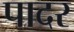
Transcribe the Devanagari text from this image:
पादर